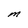
Character: M